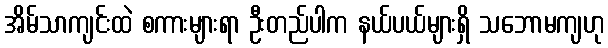
အိမ်သာကျင်းထဲ စကားများရာ ဦးတည်ပါက နယ်ပယ်များရှိ သဘောမကျဟု